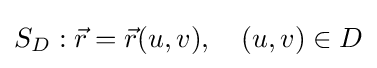
S_{D}:{\vec {r}}={\vec {r}}(u,v),\quad (u,v)\in D